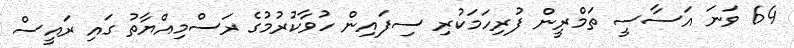
64 ވަނަ އަސާސީ ތަމްރީން ފުރިހަމަކުރި ސިފައިން ހުވާކުރުމުގެ ރަސްމިއްޔާތު ގައި ރައީސް